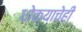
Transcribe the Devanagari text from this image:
धोक्याचेही